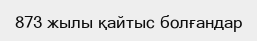
873 жылы қайтыс болғандар